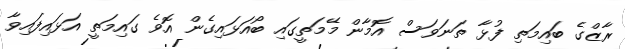
ރާޒްގެ ބައިމަތި ފުޅާ ތަނަވަސް އޮމާން މޭމަތީގައި ބޯއަޅައިގެން އޮވެ ގައިމަތީ އަޅައިފައިވާ